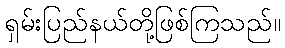
ရှမ်းပြည်နယ်တို့ဖြစ်ကြသည်။